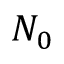
N _ { 0 }